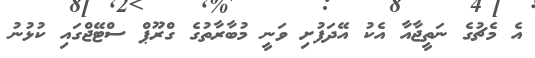
އެ މެޗުގެ ނަތީޖާއާ އެކު އޭދަފުށި ވަނީ މުބާރާތުގެ ގްރޫޕް ސްޓޭޖްގައި ކުޅުނު